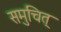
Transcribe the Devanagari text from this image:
समुचित्‌